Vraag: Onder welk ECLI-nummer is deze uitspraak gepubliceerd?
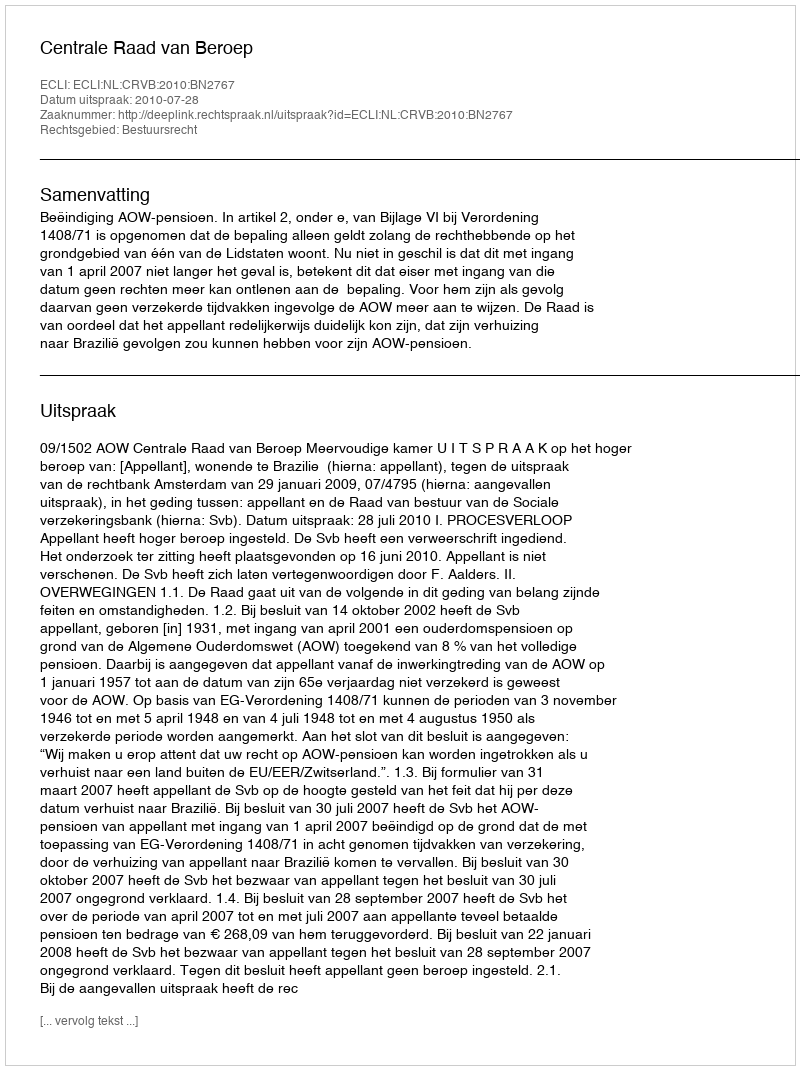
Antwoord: ECLI:NL:CRVB:2010:BN2767